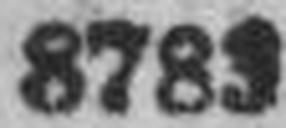
8783